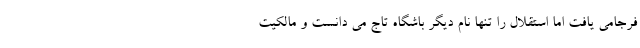
فرجامی یافت اما استقلال را تنها نام دیگر باشگاه تاج می دانست و مالکیت